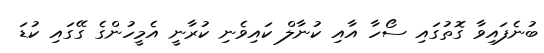
ބުނެފައިވާ ގޮތުގައި ސޯހާ އާއި ކުނާލް ކައިވެނި ކުރާނީ އެމީހުންގެ ގޭގައި ކުޑަ